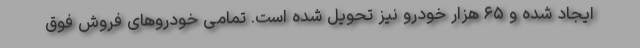
ایجاد شده و ۶۵ هزار خودرو نیز تحویل شده است. تمامی خودروهای فروش فوق